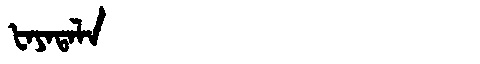
Manchu: ᡶᠠᠶᠠᡨᠠᠯᠠ
Romanization: FAYATALA